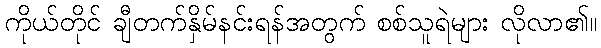
ကိုယ်တိုင် ချီတက်နှိမ်နင်းရန်အတွက် စစ်သူရဲများ လိုလာ၏။